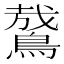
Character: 䳣